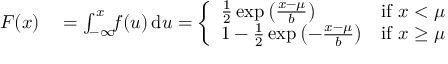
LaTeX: \begin{array} { r l } { F ( x ) } & { { } = \int _ { - \infty } ^ { x } \! \! f ( u ) \, \mathrm { d } u = { \left\{ \begin{array} { l l } { { \frac { 1 } { 2 } } \exp \left( { \frac { x - \mu } { b } } \right) } & { { \mathrm { i f ~ } } x < \mu } \\ { 1 - { \frac { 1 } { 2 } } \exp \left( - { \frac { x - \mu } { b } } \right) } & { { \mathrm { i f ~ } } x \geq \mu } \end{array} \right. } } \end{array}